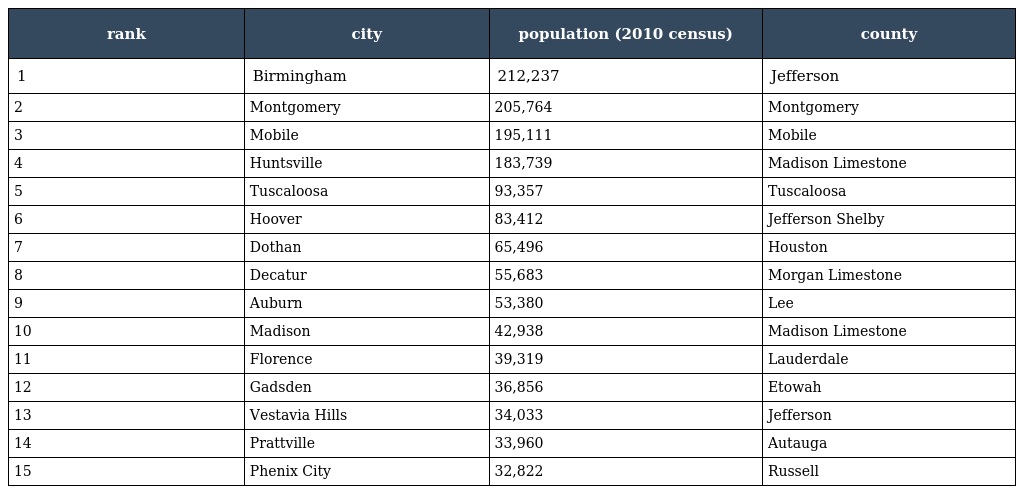
| rank | city | population (2010 census) | county |
 | --- | --- | --- | --- |
 | 1 | Birmingham | 212,237 | Jefferson |
 | 2 | Montgomery | 205,764 | Montgomery |
 | 3 | Mobile | 195,111 | Mobile |
 | 4 | Huntsville | 183,739 | Madison Limestone |
 | 5 | Tuscaloosa | 93,357 | Tuscaloosa |
 | 6 | Hoover | 83,412 | Jefferson Shelby |
 | 7 | Dothan | 65,496 | Houston |
 | 8 | Decatur | 55,683 | Morgan Limestone |
 | 9 | Auburn | 53,380 | Lee |
 | 10 | Madison | 42,938 | Madison Limestone |
 | 11 | Florence | 39,319 | Lauderdale |
 | 12 | Gadsden | 36,856 | Etowah |
 | 13 | Vestavia Hills | 34,033 | Jefferson |
 | 14 | Prattville | 33,960 | Autauga |
 | 15 | Phenix City | 32,822 | Russell |